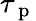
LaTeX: \tau_{\mathrm{~p~}}